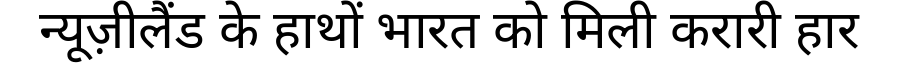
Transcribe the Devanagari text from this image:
न्यूज़ीलैंड के हाथों भारत को मिली करारी हार